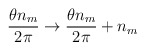
\begin{align*}\frac {\theta n_{m}}{2 \pi} \rightarrow \frac {\theta n_{m}}{2 \pi} + n_{m}\end{align*}